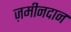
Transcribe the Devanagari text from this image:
ज़मीनदान